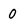
Character: 0